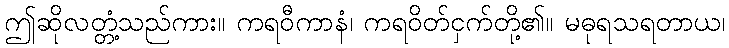
ဤဆိုလတ္တံ့သည်ကား။ ကရဝီကာနံ၊ ကရဝိတ်ငှက်တို့၏။ မဓုရသရတာယ၊